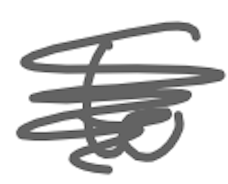
Text: to
Cross-out: scratch
Writing tool: digital_gray